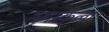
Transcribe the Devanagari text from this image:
नमस्कृत्वा